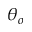
\theta _ { o }